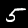
Digit: 5